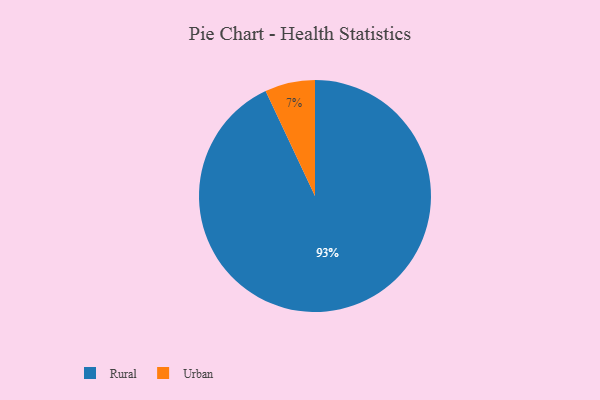
{"axis": {"x": "Category", "y": "Percentage"}, "legend": ["Rural", "Urban"], "data": [{"x": "Rural", "y": 93, "type": "Rural"}, {"x": "Urban", "y": 7, "type": "Urban"}]}